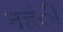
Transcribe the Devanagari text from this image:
नहंीं